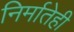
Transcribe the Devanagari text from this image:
निर्मातेही